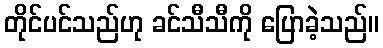
တိုင်ပင်သည်ဟု ခင်သီသီကို ပြောခဲ့သည်။